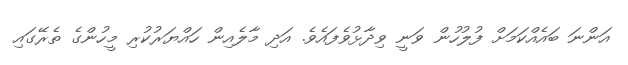
އަންނަ ބައެއްކަމަށް ފުލުހުން ވަނީ ވިދާޅުވެފައެވެ. އަދި މާލެއިން ހައްޔަރުކުރި މީހުންގެ ތެރޭގައި